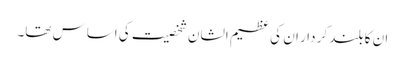
ان کا بلند کر دار ان کی عظیم الشان شخصیت کی اساس تھا۔